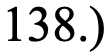
138.)